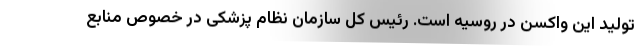
تولید این واکسن در روسیه است. رئیس کل سازمان نظام پزشکی در خصوص منابع